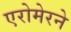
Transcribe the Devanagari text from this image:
एरोमेरने